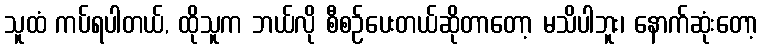
သူထံ ကပ်ရပါတယ်, ထိုသူက ဘယ်လို စီစဉ်ပေးတယ်ဆိုတာတော့ မသိပါဘူး၊ နောက်ဆုံးတော့